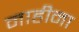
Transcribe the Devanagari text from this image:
नाहीना